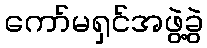
ကော်မရှင်အဖွဲ့ခွဲ